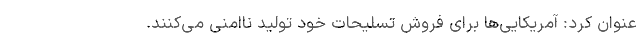
عنوان کرد: آمریکایی‌ها برای فروش تسلیحات خود تولید ناامنی می‌کنند.